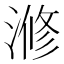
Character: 𣺫